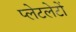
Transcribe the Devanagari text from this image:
प्‍लेटलेटों